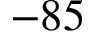
- 8 5